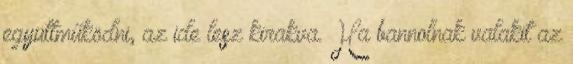
együttműködni, az ide lesz kirakva. Ha bannolnak valakit az